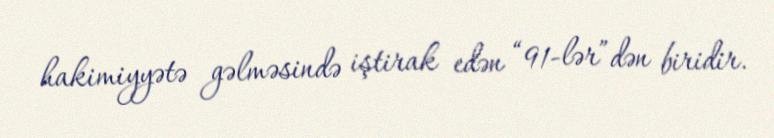
hakimiyyətə gəlməsində iştirak edən “91-lər”dən biridir.